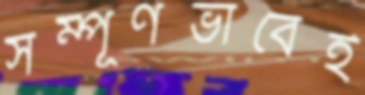
সম্পূর্ণভাবেই